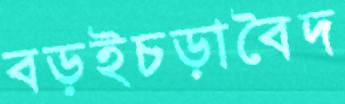
বড়ইচড়াবৈদ